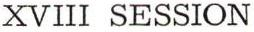
XVIII SESSION